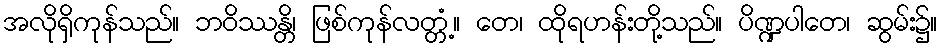
အလိုရှိကုန်သည်။ ဘဝိဿန္တိ၊ ဖြစ်ကုန်လတ္တံ့။ တေ၊ ထိုရဟန်းတို့သည်။ ပိဏ္ဍပါတေ၊ ဆွမ်း၌။